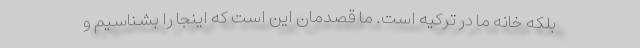
بلکه خانه ما در ترکیه است. ما قصدمان این است که اینجا را بشناسیم و